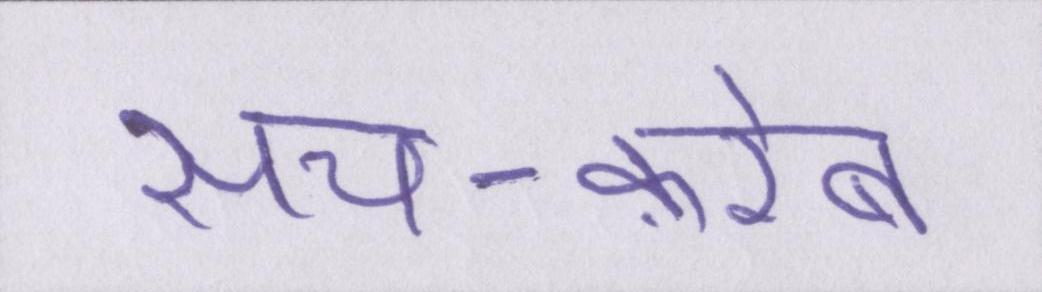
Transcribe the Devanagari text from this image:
सच-फ़रेब